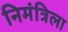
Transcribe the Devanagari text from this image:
निमंत्रिला